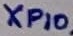
Text: XP10